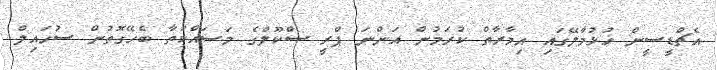
އެޗްޑީސީން ހުޅުމާލޭގައި އިމާރާތް ކުރަމުން އަންނަ ޕްރީ ސްކޫލްގެ މަސައްކަތާ ބެހޭގޮތުން ސުހައިލް